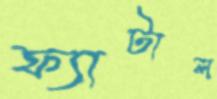
ফ্যাটাল